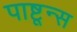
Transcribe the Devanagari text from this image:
पाष्टून्स